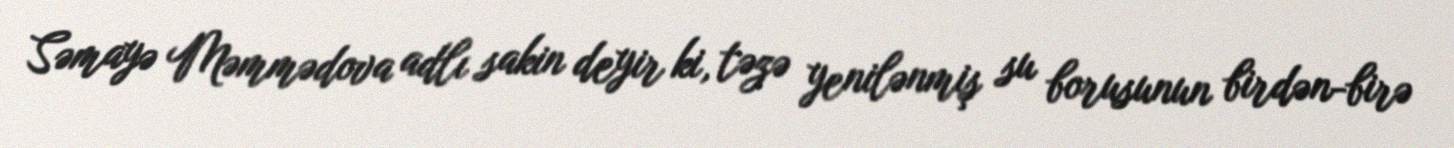
Səmayə Məmmədova adlı sakin deyir ki, təzə yenilənmiş su borusunun birdən-birə